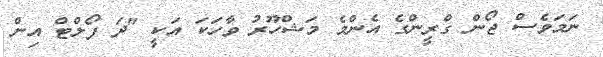
ނަމަވެސް ޖޯން ގްރީންގެ އެންމެ މަޝްހޫރު ވާހަކަ އަކީ "ދަ ފޯލްޓް އިން